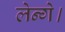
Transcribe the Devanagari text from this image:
लेन्गे।